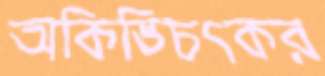
অকিঙ্চিৎকর